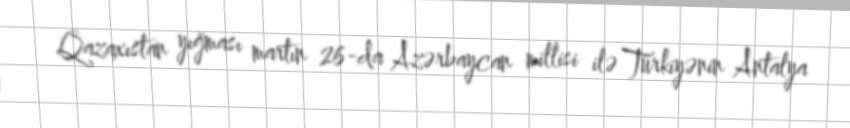
Qazaxıstan yığması martın 26-da Azərbaycan millisi ilə Türkiyənin Antalya